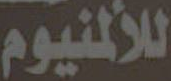
للألمنيوم